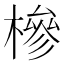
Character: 槮